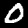
Digit: 0